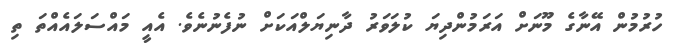
ހުރުމުން އޭނާގެ މޫނަށް އަރަމުންދިޔަ ކުލަވަރު ދާނިޔަލްއަކަށް ނުފެނުނެވެ. އެއީ މައްސަލައެއްތަ ތި